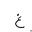
Letter: _gayn